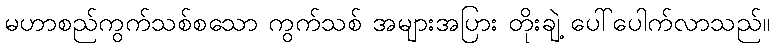
မဟာစည်ကွက်သစ်စသော ကွက်သစ် အများအပြား တိုးချဲ့ ပေါ်ပေါက်လာသည်။